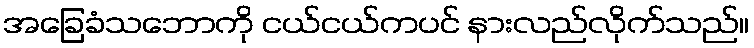
အခြေခံသဘောကို ငယ်ငယ်ကပင် နားလည်လိုက်သည်။